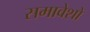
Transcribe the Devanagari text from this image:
समावेशों